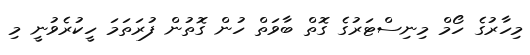
މިހާރުގެ ހޯމް މިނިސްޓަރުގެ ގޮތް ބާވަތް ހުން ގޮތުން ފުރަތަމަ ހީކުރެވުނީ މި